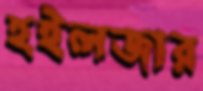
হইলজার